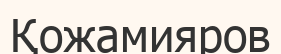
Қожамияров